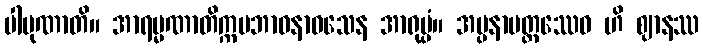
ပါပုဏာတိ။ အာရမ္မဏာတိက္ကမဘာဝနာဝသေန အာရုပ္ပံ။ အပ္ပနာပတ္တဿေဝ ဟိ ဈာနဿ